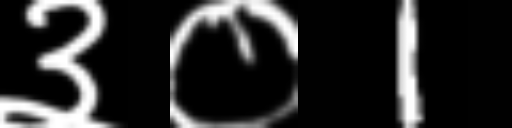
Text: ३०1